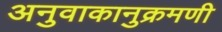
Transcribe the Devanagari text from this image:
अनुवाकानुक्रमणी